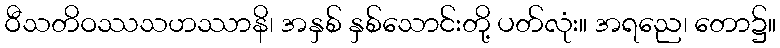
ဝီသတိဝဿသဟဿာနိ၊ အနှစ် နှစ်သောင်းတို့ ပတ်လုံး။ အရညေ၊ တော၌။